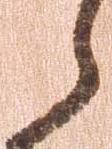
々